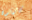
كارتون